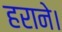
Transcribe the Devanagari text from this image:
हराने।